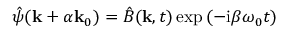
\hat { \psi } ( \mathbf { k } + \alpha \mathbf { k } _ { 0 } ) = \hat { B } ( \mathbf { k } , t ) \exp { ( - \mathrm { i } \beta \omega _ { 0 } t ) }